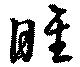
睢